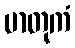
မာတုကံ